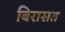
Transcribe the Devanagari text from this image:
बिरासत